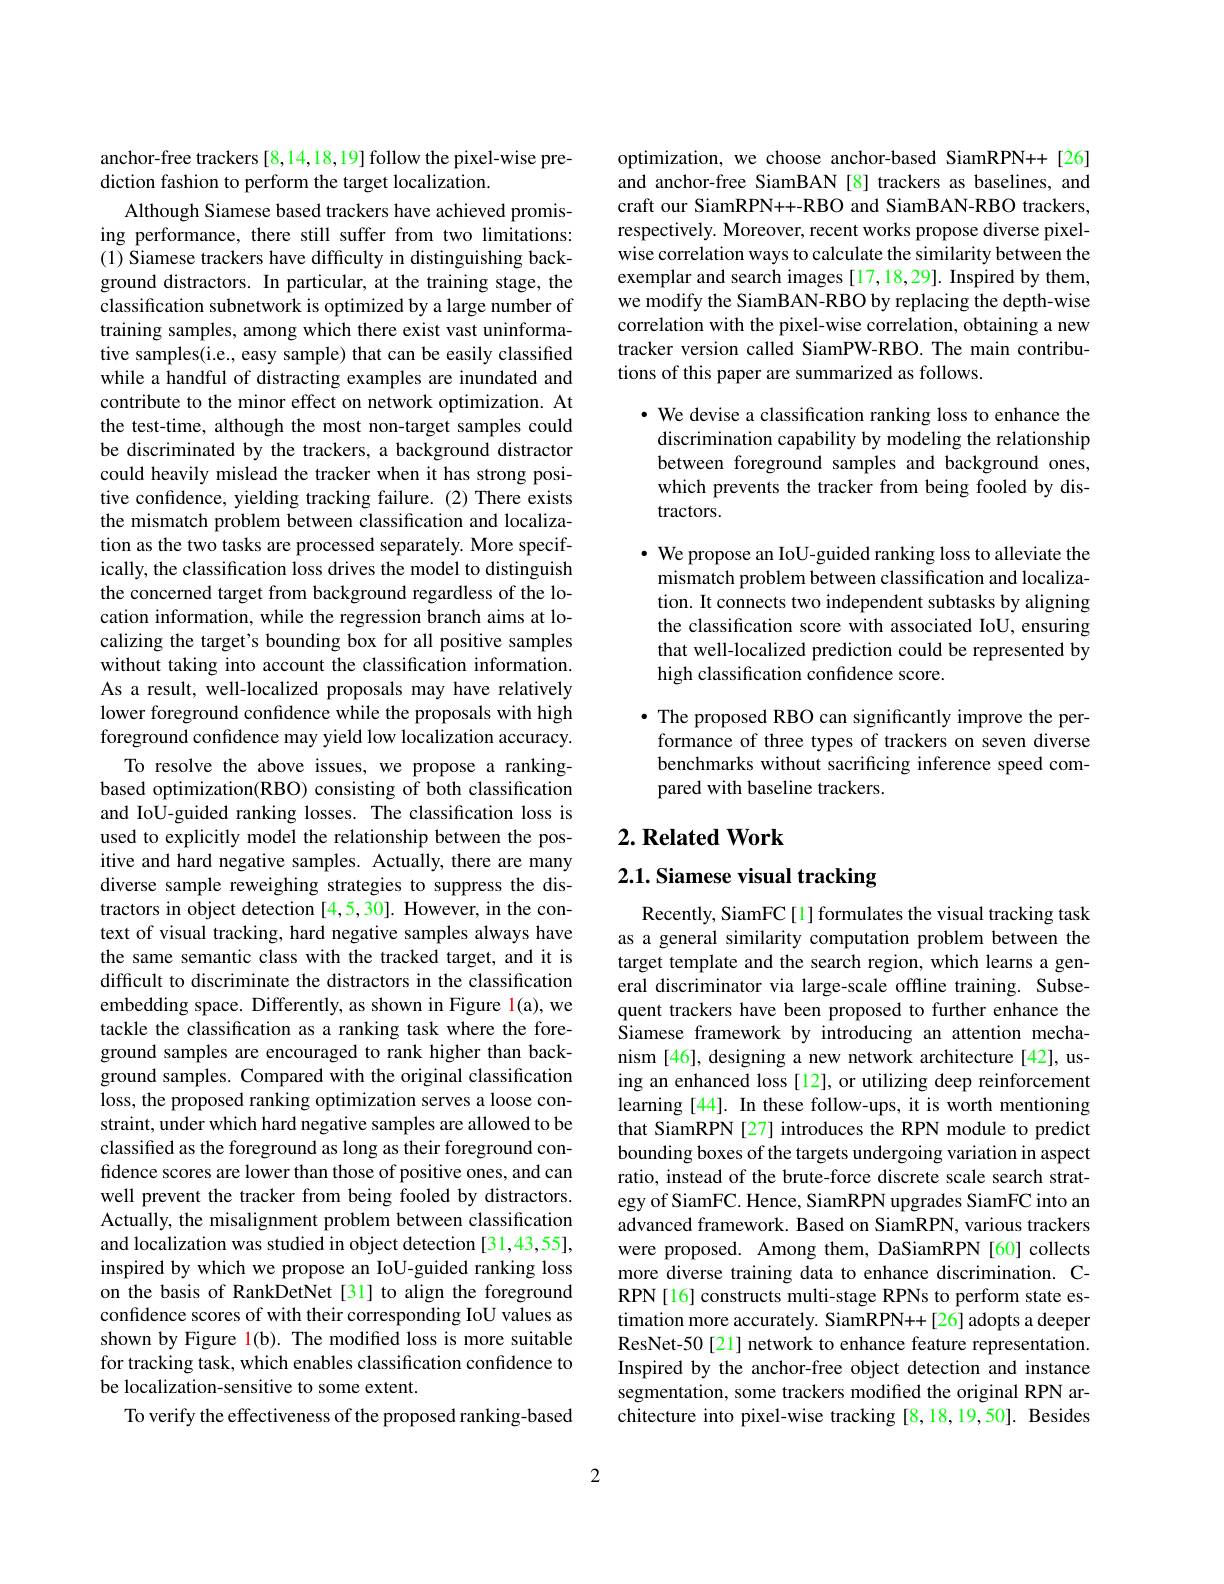
anchor-free trackers [8,14,18,19] follow the pixel-wise pre-
diction fashion to perform the target localization.
Although Siamese based trackers have achieved promising performance, there still suffer from two limitations: (1) Siamese trackers have difficulty in distinguishing background distractors. In particular, at the training stage, the classification subnetwork is optimized by a large number of training samples, among which there exist vast uninformative samples(i.e., easy sample) that can be easily classified while a handful of distracting examples are inundated and contribute to the minor effect on network optimization. At the test-time, although the most non-target samples could be discriminated by the trackers, a background distractor could heavily mislead the tracker when it has strong positive confdence, yielding tracking failure. (2) There exists the mismatch problem between classification and localization as the two tasks are processed separately. More specifically, the classification loss drives the model to distinguish the concerned target from background regardless of the location information, while the regression branch aims at localizing the target's bounding box for all positive samples without taking into account the classification information. As a result, well-localized proposals may have relatively lower foreground confidence while the proposals with high foreground confidence may yield low localization accuracy.
To resolve the above issues, we propose a rankingbased optimization(RBO) consisting of both classification and IoU-guided ranking losses. The classification loss is used to explicitly model the relationship between the positive and hard negative samples. Actually, there are many diverse sample reweighing strategies to suppress the distractors in object detection [4,5,30]. However, in the context of visual tracking, hard negative samples always have the same semantic class with the tracked target, and it is difficult to discriminate the distractors in the classification embedding space. Differently, as shown in Figure 1(a), we tackle the classification as a ranking task where the foreground samples are encouraged to rank higher than background samples. Compared with the original classification loss, the proposed ranking optimization serves a loose constraint, under which hard negative samples are allowed to be classified as the foreground as long as their foreground confidence scores are lower than those of positive ones, and can well prevent the tracker from being fooled by distractors. Actually, the misalignment problem between classification and localization was studied in object detection [31,43,55], inspired by which we propose an IoU-guided ranking loss on the basis of RankDetNet[31] to align the foreground confidence scores of with their corresponding IoU values as shown by Figure 1(b). The modified loss is more suitable for tracking task, which enables classification confidence to be localization-sensitive to some extent.
To verify the effectiveness of the proposed ranking-based

optimization, we choose anchor-based SiamRPN++[26] and anchor-free SiamBAN [8] trackers as baselines, and craft our SiamRPN++-RBO and SiamBAN-RBO trackers, respectively. Moreover, recent works propose diverse pixelwise correlation ways to calculate the similarity between the exemplar and search images [17,18,29]. Inspired by them, we modify the SiamBAN-RBO by replacing the depth-wise correlation with the pixel-wise correlation, obtaining a new tracker version called SiamPW-RBO. The main contributions of this paper are summarized as follows.

· We devise a classification ranking loss to enhance the discrimination capability by modeling the relationship between foreground samples and background ones, which prevents the tracker from being fooled by distractors.

· We propose an IoU-guided ranking loss to alleviate the
mismatch problem between classification and localization. It connects two independent subtasks by aligning the classification score with associated IoU, ensuring that well-localized prediction could be represented by high classification confidence score.

$\bullet$ The proposed RBO can significantly improve the performance of three types of trackers on seven diverse benchmarks without sacrificing inference speed compared with baseline trackers.

## $2. \textbf{Related Work}$

# 2.1. Siamese visual tracking

Recently, SiamFC[1] formulates the visual tracking task as a general similarity computation problem between the target template and the search region, which learns a general discriminator via large-scale offline training. Subsequent trackers have been proposed to further enhance the Siamese framework by introducing an attention mechanism [46], designing a new network architecture[42], using an enhanced loss[12], or utilizing deep reinforcement learning [44]. In these follow-ups, it is worth mentioning that SiamRPN [27] introduces the RPN module to predict bounding boxes of the targets undergoing variation in aspect ratio, instead of the brute-force discrete scale search strategy of SiamFC. Hence, SiamRPN upgrades SiamFC into an advanced framework. Based on SiamRPN, various trackers were proposed. Among them, DaSiamRPN[60] collects more diverse training data to enhance discrimination. CRPN[16] constructs multi-stage RPNs to perform state estimation more accurately. SiamRPN++[26] adopts a deeper ResNet-50[21] network to enhance feature representation. Inspired by the anchor-free object detection and instance segmentation, some trackers modified the original RPN architecture into pixel-wise tracking [8,18,19,50]. Besides

2